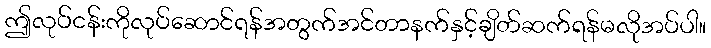
ဤလုပ်ငန်းကိုလုပ်ဆောင်ရန်အတွက်အင်တာနက်နှင့်ချိတ်ဆက်ရန်မလိုအပ်ပါ။